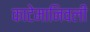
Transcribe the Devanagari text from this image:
काटेमानिवली